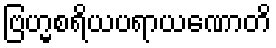
ဗြဟ္မစရိယပရာယဏောတိ